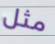
مثل